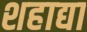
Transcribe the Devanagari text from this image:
शहाद्या